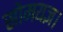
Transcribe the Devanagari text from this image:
सोमयज्ञ।